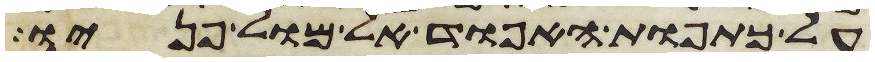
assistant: על כתפות האפוד אל מול פניו